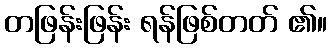
တဖြန်းဖြန်း ရန်ဖြစ်တတ် ၏။